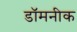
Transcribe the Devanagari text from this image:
डॉमनीक